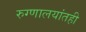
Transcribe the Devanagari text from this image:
रुग्णालयांतही